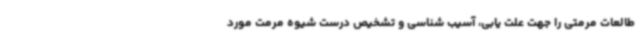
طالعات مرمتی را جهت علت یابی، آسیب شناسی و تشخیص درست شیوه مرمت مورد